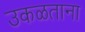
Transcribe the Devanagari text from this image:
उकळताना